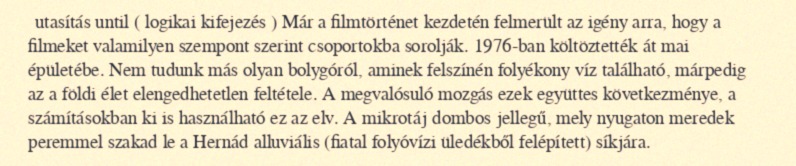
utasítás until ( logikai kifejezés ) Már a filmtörténet kezdetén felmerült az igény arra, hogy a filmeket valamilyen szempont szerint csoportokba sorolják. 1976-ban költöztették át mai épületébe. Nem tudunk más olyan bolygóról, aminek felszínén folyékony víz található, márpedig az a földi élet elengedhetetlen feltétele. A megvalósuló mozgás ezek együttes következménye, a számításokban ki is használható ez az elv. A mikrotáj dombos jellegű, mely nyugaton meredek peremmel szakad le a Hernád alluviális (fiatal folyóvízi üledékből felépített) síkjára.